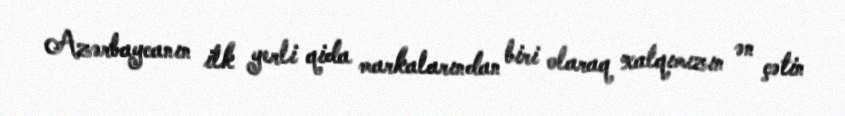
Azərbaycanın ilk yerli qida markalarından biri olaraq xalqımızın ən çətin